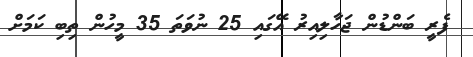
ފެރީ ބަންޑުން ޖަހާލިއިރު އޭގައި 25 ނުވަތަ 35 މީހުން ތިބި ކަމަށް